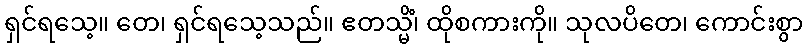
ရှင်ရသေ့။ တေ၊ ရှင်ရသေ့သည်။ ဧတသ္မိံ၊ ထိုစကားကို။ သုလပိတေ၊ ကောင်းစွာ